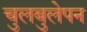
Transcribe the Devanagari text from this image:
चुलबुलेपन